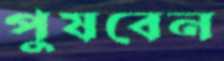
পুষবেন